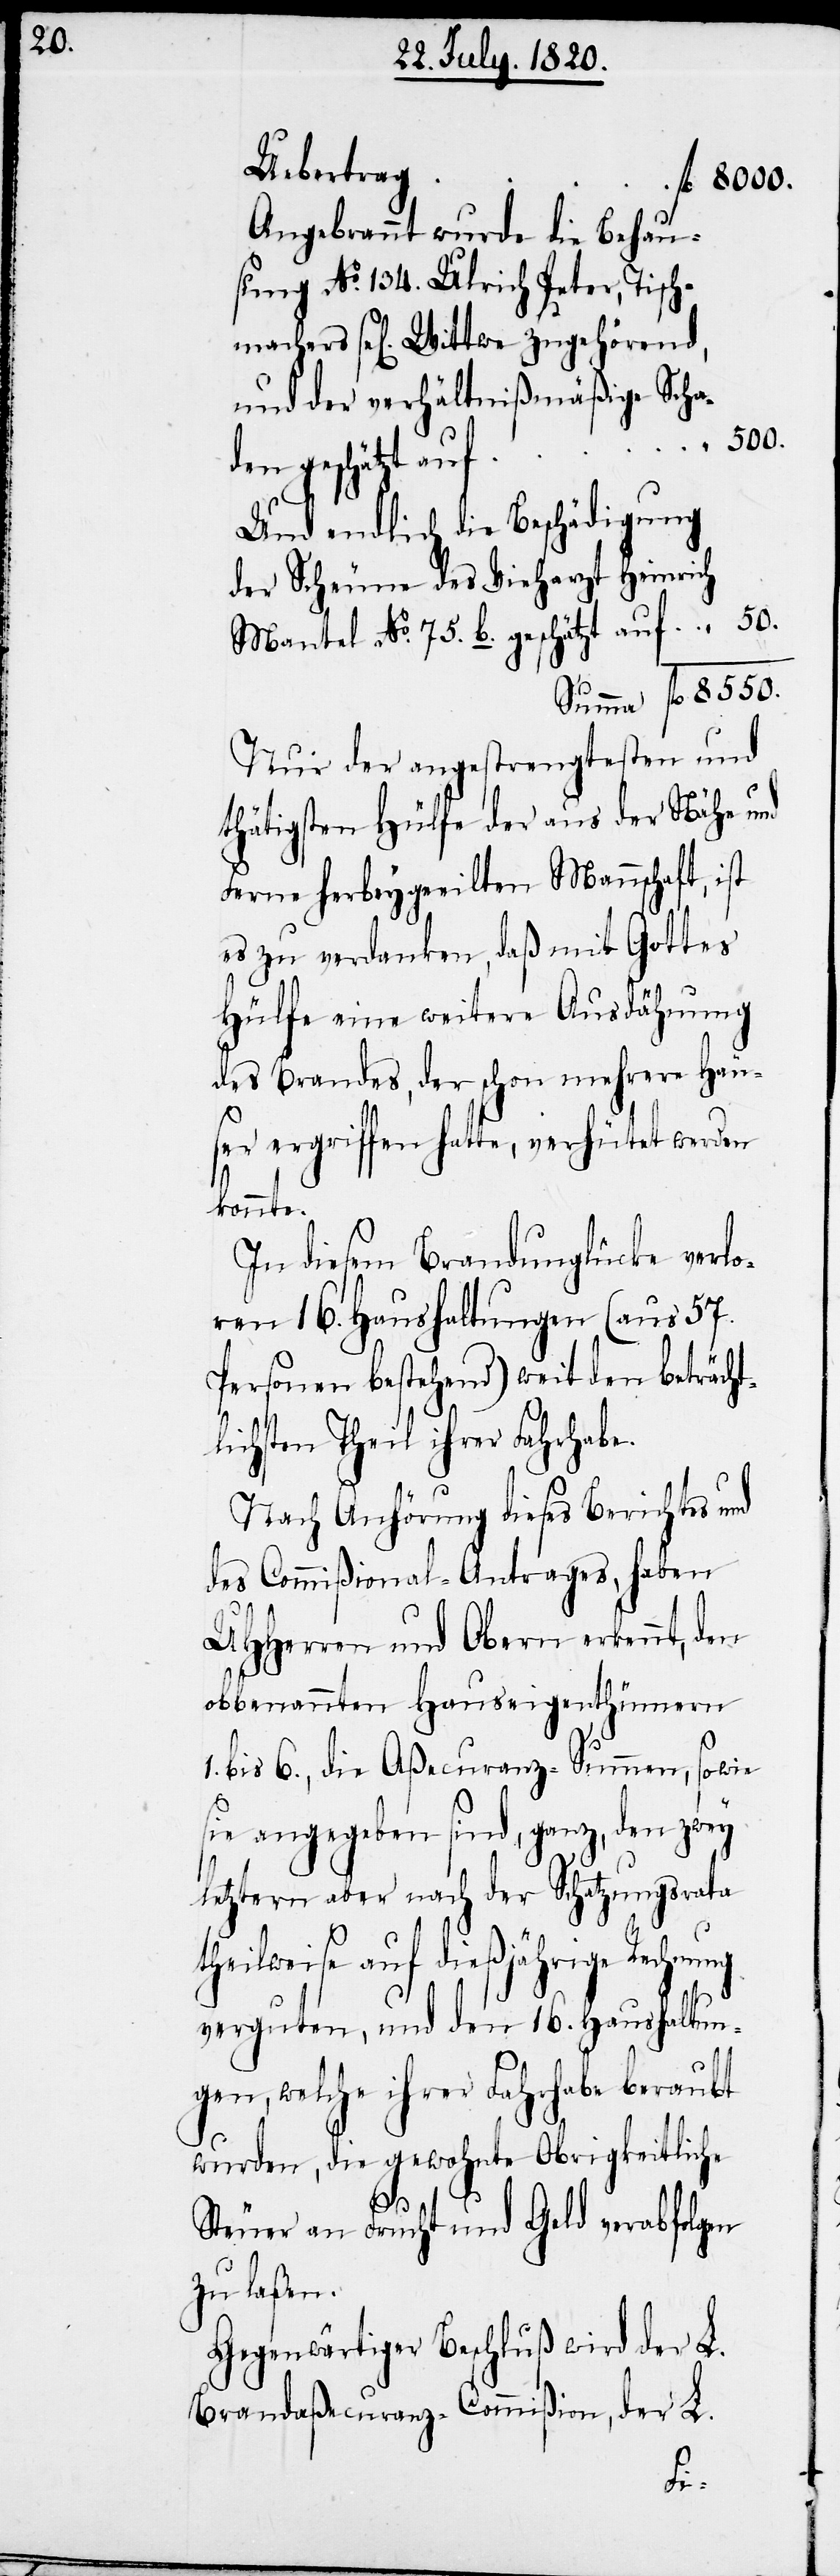
Angebrannt wurde die Behau¬
sung No. 134. Ulrich Peter, Tisch¬
l[igen]. Wittwe zugehörend,
und der verhältnißmäßige Scha¬
Und endlich die Beschädigung
der Scheune des Vieharzt Heinrich
Mantel No. 75. b. geschätzt auf
Summe fl.	8550.
Nur der angestrengtesten und
thätigsten Hülfe der aus der Nähe und
Ferne herbeygeeilten Mannschaft, ist
es zu verdanken, daß mit Gottes
Hülfe eine weitere Ausdähnung
des Brandes, der schon mehrere Häu¬
ser ergriffen hatte, verhütet werden
konnte.
In diesem Brandunglücke verlo¬
ren 16. Haushaltungen (aus 57.
Personen bestehend) weit den beträcht¬
lichsten Theil ihrer Fahrhabe.
Nach Anhörung dieses Berichtes und
des Commißional-Antrages, haben
UHHerren und Obern erkennt, den
obbenannten Hauseigenthümern
1. bis 6., die Aßecuranz-Summen, sowie
sie angegeben sind, ganz, den zwey
letztern aber nach der Schatzungsrata
teilweise auf dießjährige Rechnung
verguten, und den 16. Haushaltun¬
gen, welche ihrer Fahrhabe beraubt
wurden, die gewohnte Obrigkeitliche
machers
Steuer an Frucht und Geld verabfolgen
zu laßen.
Gegenwärtiger Beschluß wird der L.
Brandaßecuranz-Commißion, der L.
den